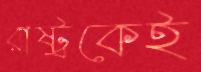
রাষ্ট্রকেই